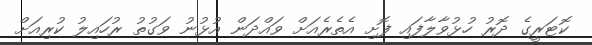
ކޮޓަރީގެ ދޮރު ހުޅުވާލާފައި ފޮށި އެތެރެއަށް ވައްދަން އުޅުނު ވަގުތު ރުހައިލު ކުރިއަށް